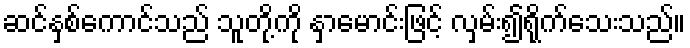
ဆင်နှစ်ကောင်သည် သူတို့ကို နှာမောင်းဖြင့် လှမ်း၍ရိုက်သေးသည်။